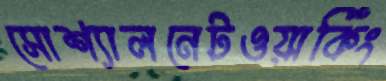
সোশ্যালনেটওয়ার্কিং